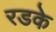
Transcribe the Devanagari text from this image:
रडके